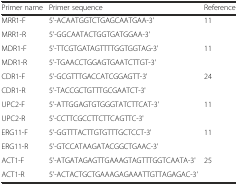
<table><thead><tr><td><b>Primer name</b></td><td><b>Primer sequence</b></td><td><b>Reference</b></td></tr></thead><tbody><tr><td>MRR1-F</td><td>5&#x27;-ACAATGGTCTGAGCAATGAA-3&#x27;</td><td>11</td></tr><tr><td>MRR1-R</td><td>5&#x27;-GGCAATACTGGTGATGGAA-3&#x27;</td><td></td></tr><tr><td>MDR1-F</td><td>5&#x27;-TTCGTGATAGTTTTGGTGGTAG-3&#x27;</td><td>11</td></tr><tr><td>MDR1-R</td><td>5&#x27;-TGAACCTGGAGTGAATCTTGT-3&#x27;</td><td></td></tr><tr><td>CDR1-F</td><td>5&#x27;-GCGTTTGACCATCGGAGTT-3&#x27;</td><td>24</td></tr><tr><td>CDR1-R</td><td>5&#x27;-TACCGCTGTTTGCGAATCT-3&#x27;</td><td></td></tr><tr><td>UPC2-F</td><td>5&#x27;-ATTGGAGTGTGGGTATCTTCAT-3&#x27;</td><td>11</td></tr><tr><td>UPC2-R</td><td>5&#x27;-CCTTCGCCTTCTTCAGTTC-3&#x27;</td><td></td></tr><tr><td>ERG11-F</td><td>5&#x27;-GGTTTACTTGTGTTTGCTCCT-3&#x27;</td><td>11</td></tr><tr><td>ERG11-R</td><td>5&#x27;-GTCCATAAGATACGGCTGAAC-3&#x27;</td><td></td></tr><tr><td>ACT1-F</td><td>5&#x27;-ATGATAGAGTTGAAAGTAGTTTGGTCAATA-3&#x27;</td><td>25</td></tr><tr><td>ACT1-R</td><td>5&#x27;-ACTACTGCTGAAAGAGAAATTGTTAGAGAC-3&#x27;</td><td></td></tr></tbody></table>